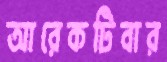
আরেকটিবার